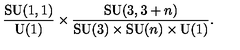
\frac { \mathrm { S U } ( 1 , 1 ) } { \mathrm { U } ( 1 ) } \times \frac { \mathrm { S U } ( 3 , 3 + n ) } { \mathrm { S U } ( 3 ) \times \mathrm { S U } ( n ) \times \mathrm { U } ( 1 ) } .